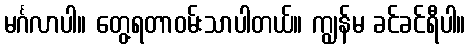
မင်္ဂလာပါ။ တွေ့ရတာဝမ်းသာပါတယ်။ ကျွန်မ ခင်ခင်ရီပါ။